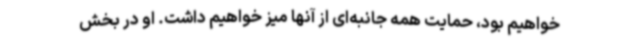
خواهیم بود، حمایت همه جانبه‌ای از آنها میز خواهیم داشت. او در بخش